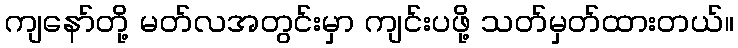
ကျနော်တို့ မတ်လအတွင်းမှာ ကျင်းပဖို့ သတ်မှတ်ထားတယ်။